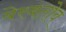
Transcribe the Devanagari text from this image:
बेरबतोव